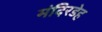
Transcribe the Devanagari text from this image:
मंदिरडेह